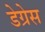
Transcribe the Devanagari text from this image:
डेग्रेस